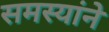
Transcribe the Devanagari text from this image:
समस्यांने